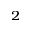
_ 2